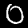
Digit: 0